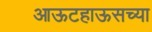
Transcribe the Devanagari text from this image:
आऊटहाऊसच्या